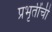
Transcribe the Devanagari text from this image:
प्रभृतींची